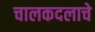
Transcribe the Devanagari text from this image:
चालकदलाचे